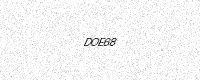
Text: DOE68